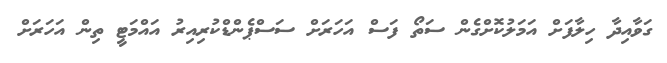
ގަވާއިދާ ހިލާފަށް އަމަލުކޮށްގެން ސަތޯ ފަސް އަހަރަށް ސަސްޕެންޑްކުރިއިރު އައްމަޓީ ތިން އަހަރަށް